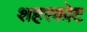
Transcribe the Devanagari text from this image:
शहरकोट